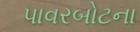
પાવરબોટના